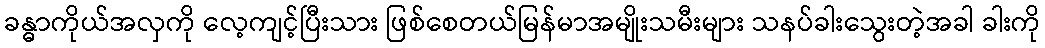
ခန္ဓာကိုယ်အလှကို လေ့ကျင့်ပြီးသား ဖြစ်စေတယ်မြန်မာအမျိုးသမီးများ သနပ်ခါးသွေးတဲ့အခါ ခါးကို